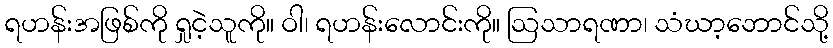
ရဟန်းအဖြစ်ကို ရှုငဲ့သူကို။ ဝါ၊ ရဟန်းလောင်းကို။ ဩသာရဏာ၊ သံဃာ့ဘောင်သို့